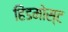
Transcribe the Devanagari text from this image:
हिंडमोस्ट